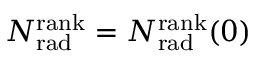
N _ { \mathrm { r a d } } ^ { \mathrm { r a n k } } = N _ { \mathrm { r a d } } ^ { \mathrm { r a n k } } ( 0 )